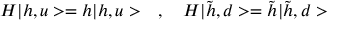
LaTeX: H | h , u > = h | h , u > \quad , \quad H | \tilde { h } , d > = \tilde { h } | \tilde { h } , d >